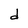
Character: d